Report on enteric fever
Disease focus: Fever
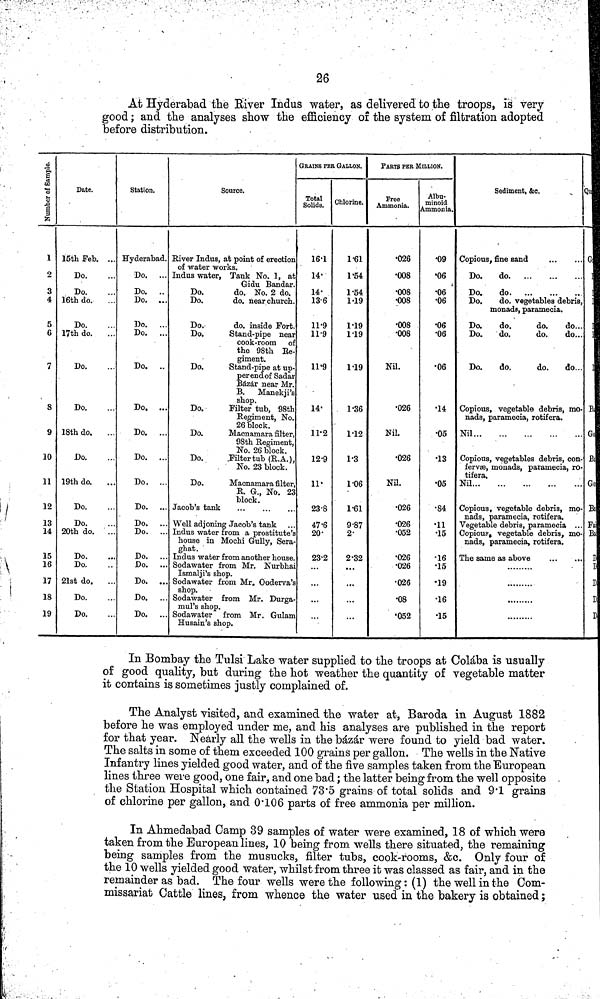
26
At Hyderabad the River Indus water, as delivered to the troops, is very
good; and the analyses show the efficiency of the system of filtration adopted
before distribution.
Number of Sample.
1
2
3
4
5
6
7
8
9
10
11
12
13
14
15
16
17
18
19
Date.
15th Feb. ...
Do.
Do.
16th do.
Do.
17th do.
Do.
Do.
18th do.
Do.
19th do.
Do.
Do.
20th do.
..
Do.
Do.
21st do.
Do.
Do.
Station.
Hyderabad.
Do. ...
Do. ..
Do. ...
Do. ...
Do. ...
Do. ..
Do. ...
Do. ...
Do. ...
Do. ...
Do. ...
Do. ..
Do. ..
Do. ..
Do. ..
Do. ..
Do. ..
Do. ..
Source.
River Indus, at point of erection
of water works.
Indus water, Tank No. 1, at
Gidu Bandar.
Do.
do. No. 2 do.
Do.
do. near church.
Do.
do. inside Fort.
Do.
Stand-pipe near
cook-room of
the 98th Re-
giment.
Do.
Stand-pipe at up-
perend of Sadar
Bázár near Mr.
B. Manekji's
shop.
Do.
Filter tub, 98th
Regiment, No.
26 block.
Do.
Macnamara filter,
98th Regiment,
No. 26 block.
Do.
Filter tub (R.A.),
No. 23 block.
Do.
Macnamara filter,
R. G., No. 23
block.
Jacob's tank
Well adjoning Jacob's tank
Indus water from a prostitute's
house in Mochi Gully, Sera-
ghat.
Indus water from another house.
Sodawater from Mr. Nurbhai
Ismalji's shop.
Sodawater from Mr. Ooderva's
shop.
Sodawater from Mr. Durga-
mul's shop.
Sodawater from Mr. Gulam
Husain's shop.
GRAINS PER GALLON.
Total
Solids.
16·1
14·
14·
13·6
11·9
11·9
11·9
14·
11·2
12·9
11·
23·8
47·6
20·
23·2
...
...
Chlorine.
1·61
1·54
1·54
1·19
1·19
1·19
1·19
1·36
1·12
1·3
1·06
1·61
9·87
2·
2·32
...
...
...
PARTS PER MILLION.
Free
Ammonia.
026
008
008
008
008
008
Nil.
026
Nil.
026
Nil.
026
026
052
026
026
026
08
052
Albu-
minoid
Ammonia.
09
·06
06
06
06
06
06
14
05
13
05
84
11
15
16
15
19
16
15
Sediment, &c.
Copious, fine sand
Do.
do
Do.
do
Do.
do. vegetables debris,
monads, paramecia.
Do.
do.
do.
do...
Do.
do.
do.
do...
Do.
do.
do.
do...
Copious, vegetable debris, mo-
nads, paramecia, rotifera.
Nil
Copious, vegetables debris, con-
fervæ, monads, paramecia, ro-
tifera.
Nil
Copious, vegetable debris, mo-
nads, paramecia, rotifera.
Vegetable debris, paramecia ...
Copious, vegetable debris, mo-
nads, paramecia, rotifera.
The same as above
Qu
1
i
I
1
i
1
1
{
1
1
I
Ba
Go
Ba
Go
Ba
Fa
Ba
D
I)
D
D
D
In Bombay the Tulsi Lake water supplied to the troops at Colába is usually
of good quality, but during the hot weather the quantity of vegetable matter
it contains is sometimes justly complained of.
The Analyst visited, and examined the water at, Baroda in August 1882
before he was employed under me, and his analyses are published in the report
for that year. Nearly all the wells in the bázár were found to yield bad water.
The salts in some of them exceeded 100 grains per gallon. The wells in the Native
Infantry lines yielded good water, and of the five samples taken from the European
lines three were good, one fair, and one bad; the latter being from the well opposite
the Station Hospital which contained 73 5 grains of total solids and 9 1 grains
of chlorine per gallon, and 0 106 parts of free ammonia per million.
In Ahmedabad Camp 39 samples of water were examined, 18 of which were
taken from the European lines, 10 being from wells there situated, the remaining
being samples from the musucks, filter tubs, cook-rooms, &c. Only four of
the 10 wells yielded good water, whilst from three it was classed as fair, and in the
remainder as bad. The four wells were the following: (1) the well in the Com-
missariat Cattle lines, from whence the water used in the bakery is obtained;